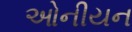
ઓનીયન